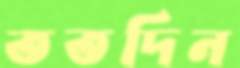
ততদিন